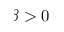
\beta > 0